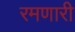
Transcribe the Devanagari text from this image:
रमणारी